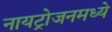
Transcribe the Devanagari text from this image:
नायट्रोजनमध्ये